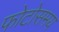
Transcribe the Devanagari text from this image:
फोटोसमय